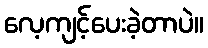
လေ့ကျင့်ပေးခဲ့တာပဲ။